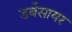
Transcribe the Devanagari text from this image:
डर्बेसायर